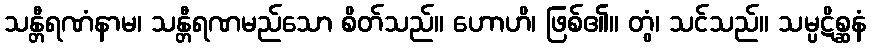
သန္တီရဏံနာမ၊ သန္တီရဏမည်သော စိတ်သည်။ ဟောဟိ၊ ဖြစ်၏။ တွံ၊ သင်သည်။ သမ္ပဋိစ္ဆနံ